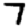
Digit: 7